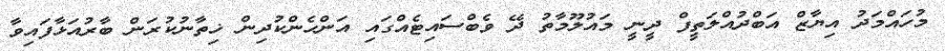
މުހައްމަދު އިޔާޒް އަބްދުއްލަތީފް ދީނީ މައުލޫމާތު ދޭ ވެބްސައިޓެއްގައި އަންހެންކުދިން ޚިތާނުކުރަން ބާރުއަޅާފައިވާ